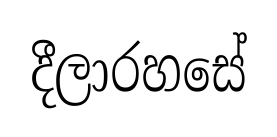
දීලාරහසේ